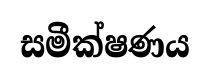
සමීක්ෂණය